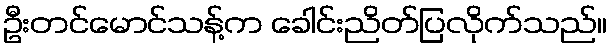
ဦးတင်မောင်သန့်က ခေါင်းညိတ်ပြလိုက်သည်။